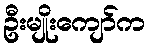
ဦးမျိုးကျော်က